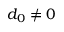
d _ { 0 } \neq 0